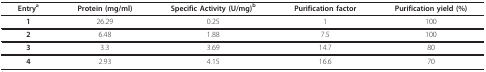
<table><thead><tr><td><b>Entry<sup>a</sup></b></td><td><b>Protein (mg/ml)</b></td><td><b>Specific Activity (U/mg)<sup>b</sup></b></td><td><b>Purification factor</b></td><td><b>Purification yield (%)</b></td></tr></thead><tbody><tr><td><b>1</b></td><td>26.29</td><td>0.25</td><td>1</td><td>100</td></tr><tr><td><b>2</b></td><td>6.48</td><td>1.88</td><td>7.5</td><td>100</td></tr><tr><td><b>3</b></td><td>3.3</td><td>3.69</td><td>14.7</td><td>80</td></tr><tr><td><b>4</b></td><td>2.93</td><td>4.15</td><td>16.6</td><td>70</td></tr></tbody></table>